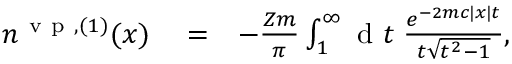
\begin{array} { r l r } { n ^ { \mathrm { ~ v ~ p ~ } , ( 1 ) } ( x ) } & { { } = } & { - \frac { Z m } { \pi } \int _ { 1 } ^ { \infty } \ensuremath { \mathrm { ~ d ~ } } t \; \frac { e ^ { - 2 m c | x | t } } { t \sqrt { t ^ { 2 } - 1 } } , } \end{array}